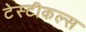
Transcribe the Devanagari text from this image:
टेस्टीकल्स